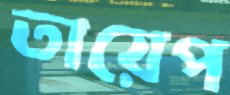
তায়েপ